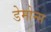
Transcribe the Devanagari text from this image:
डेमोन्स